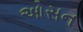
ઓસન